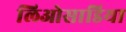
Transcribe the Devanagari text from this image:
लिओसाडिया